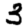
Digit: 3